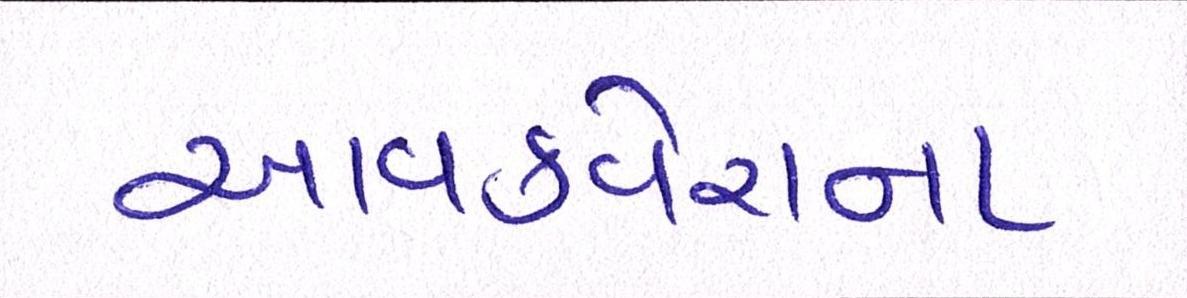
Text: આવકવેરાના